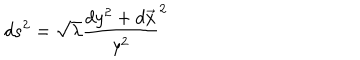
d s ^ { 2 } = \sqrt { \lambda } \frac { d y ^ { 2 } + d \overrightarrow { x } } { y ^ { 2 } } ^ { 2 }